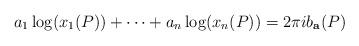
LaTeX: \begin{align*} a_1 \log(x_1(P))+ \cdots + a_n \log(x_n(P))=2\pi i b_{\mathbf a}(P) \end{align*}